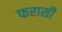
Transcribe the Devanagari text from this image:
फरासी